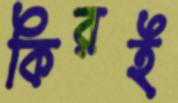
কিরই